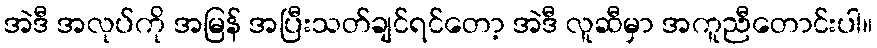
အဲဒီ အလုပ်ကို အမြန် အပြီးသတ်ချင်ရင်တော့ အဲဒီ လူဆီမှာ အကူညီတောင်းပါ။